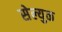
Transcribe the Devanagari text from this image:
सेल्युक